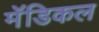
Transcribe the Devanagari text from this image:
मॅडिकल